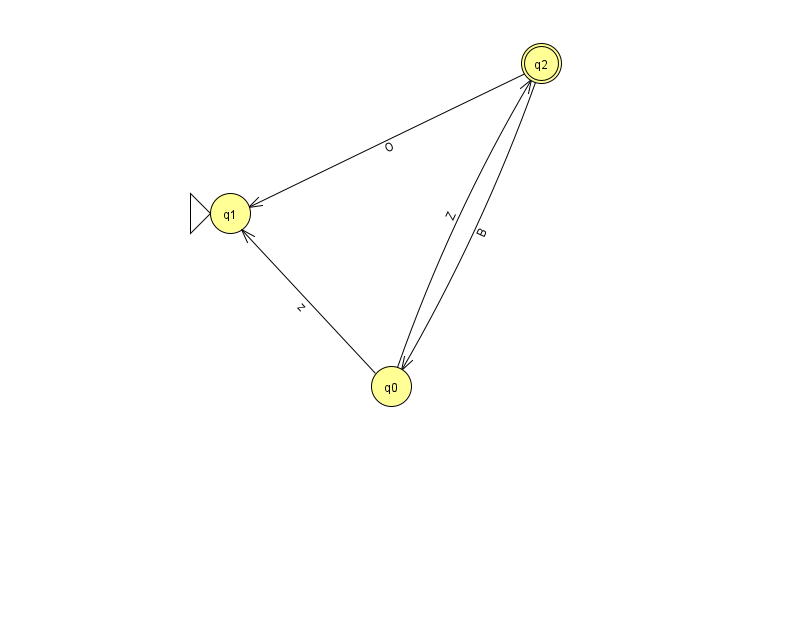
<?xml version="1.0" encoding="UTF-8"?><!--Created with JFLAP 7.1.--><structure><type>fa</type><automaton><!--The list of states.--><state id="0" name="q0"><x>391.0</x><y>373.0</y></state><state id="1" name="q1"><x>230.0</x><y>200.0</y><initial/></state><state id="2" name="q2"><x>541.0</x><y>50.0</y><final/></state><!--The list of transitions.--><transition><from>0</from><to>2</to><read>Z</read></transition><transition><from>0</from><to>1</to><read>z</read></transition><transition><from>2</from><to>0</to><read>B</read></transition><transition><from>2</from><to>1</to><read>O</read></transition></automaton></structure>